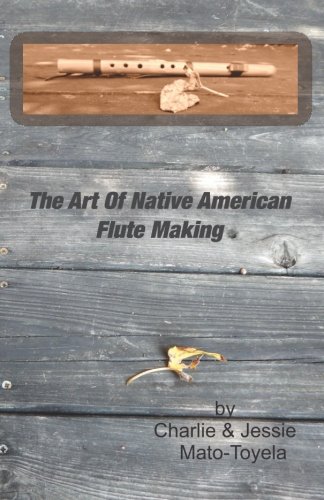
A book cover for The Art Of Native American Flute Making; Charlie Mato-Toyela; Crafts, Hobbies & Home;